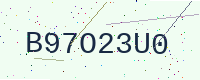
Text: B97O23U0